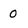
Character: 0